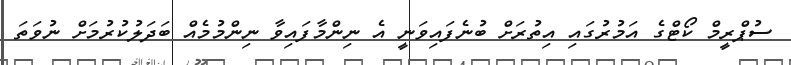
ސުޕްރީމް ކޯޓްގެ އަމުރުގައި އިތުރަށް ބުނެފައިވަނީ އެ ނިންމާފައިވާ ނިންމުމެއް ބަދަލުކުރުމަށް ނުވަތަ